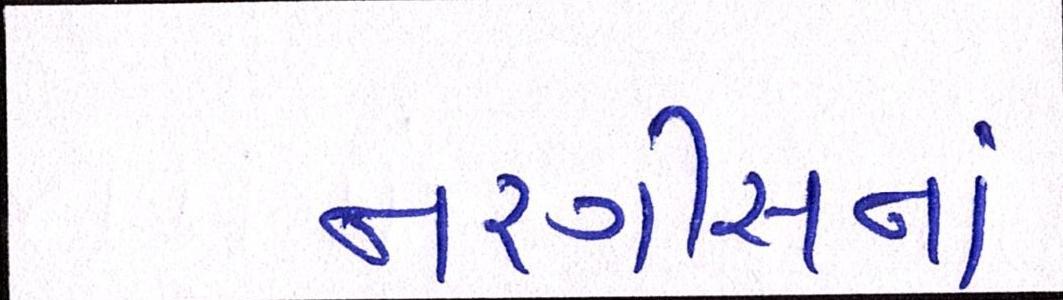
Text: નરગીસનાં